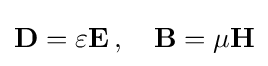
{\mathbf {D} }=\varepsilon \mathbf {E} \,,\quad \mathbf {B} =\mu \mathbf {H}